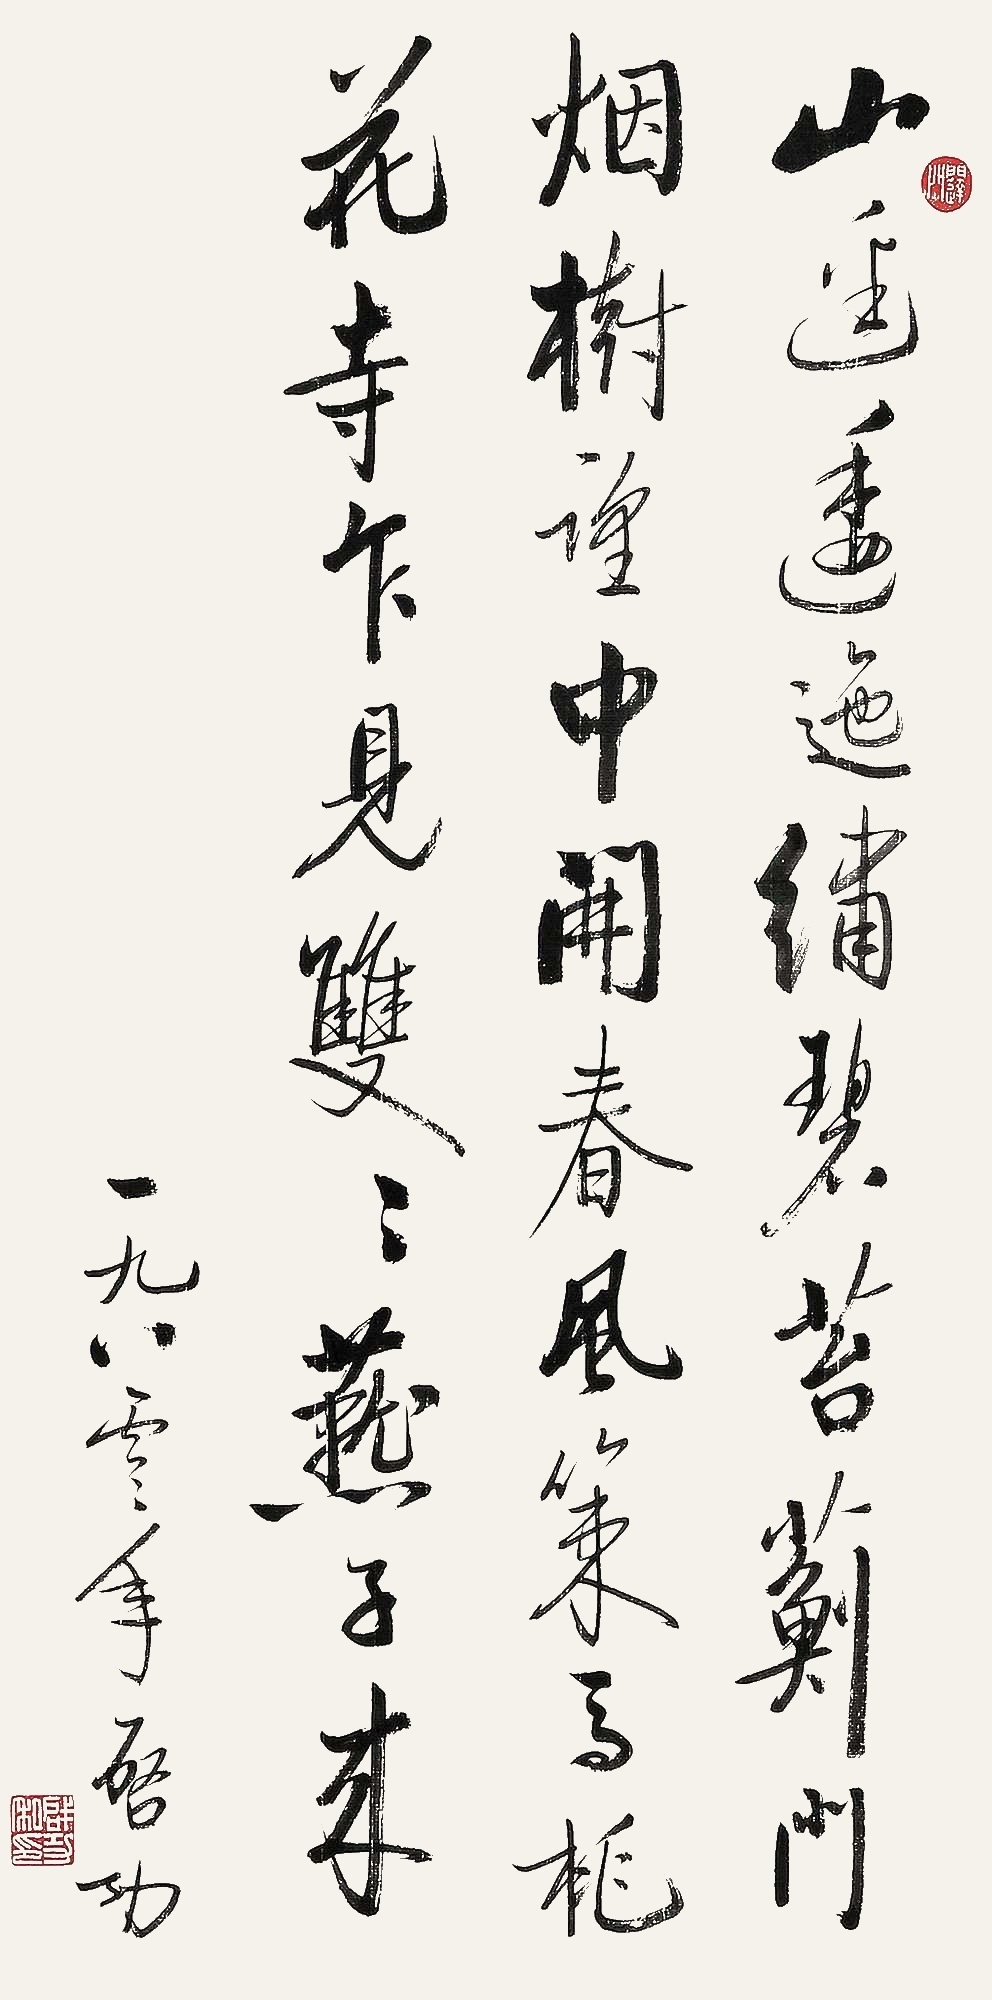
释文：山径逶迤绣碧苔，蓟门烟树望中开，春风策马桃花寺，乍见双双燕子来。一九八零年，启功。